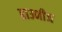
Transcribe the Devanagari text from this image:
ब्राउनीज